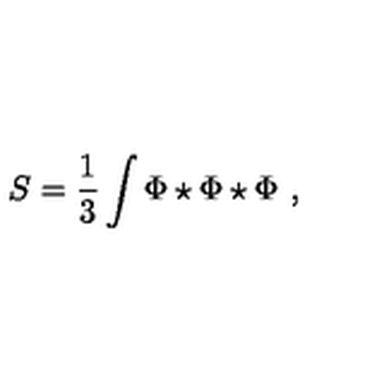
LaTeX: S = \frac { 1 } { 3 } \int \Phi \star \Phi \star \Phi \ ,